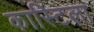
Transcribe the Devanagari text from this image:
कास्टिला